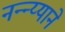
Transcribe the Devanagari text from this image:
नन्न्य्याने